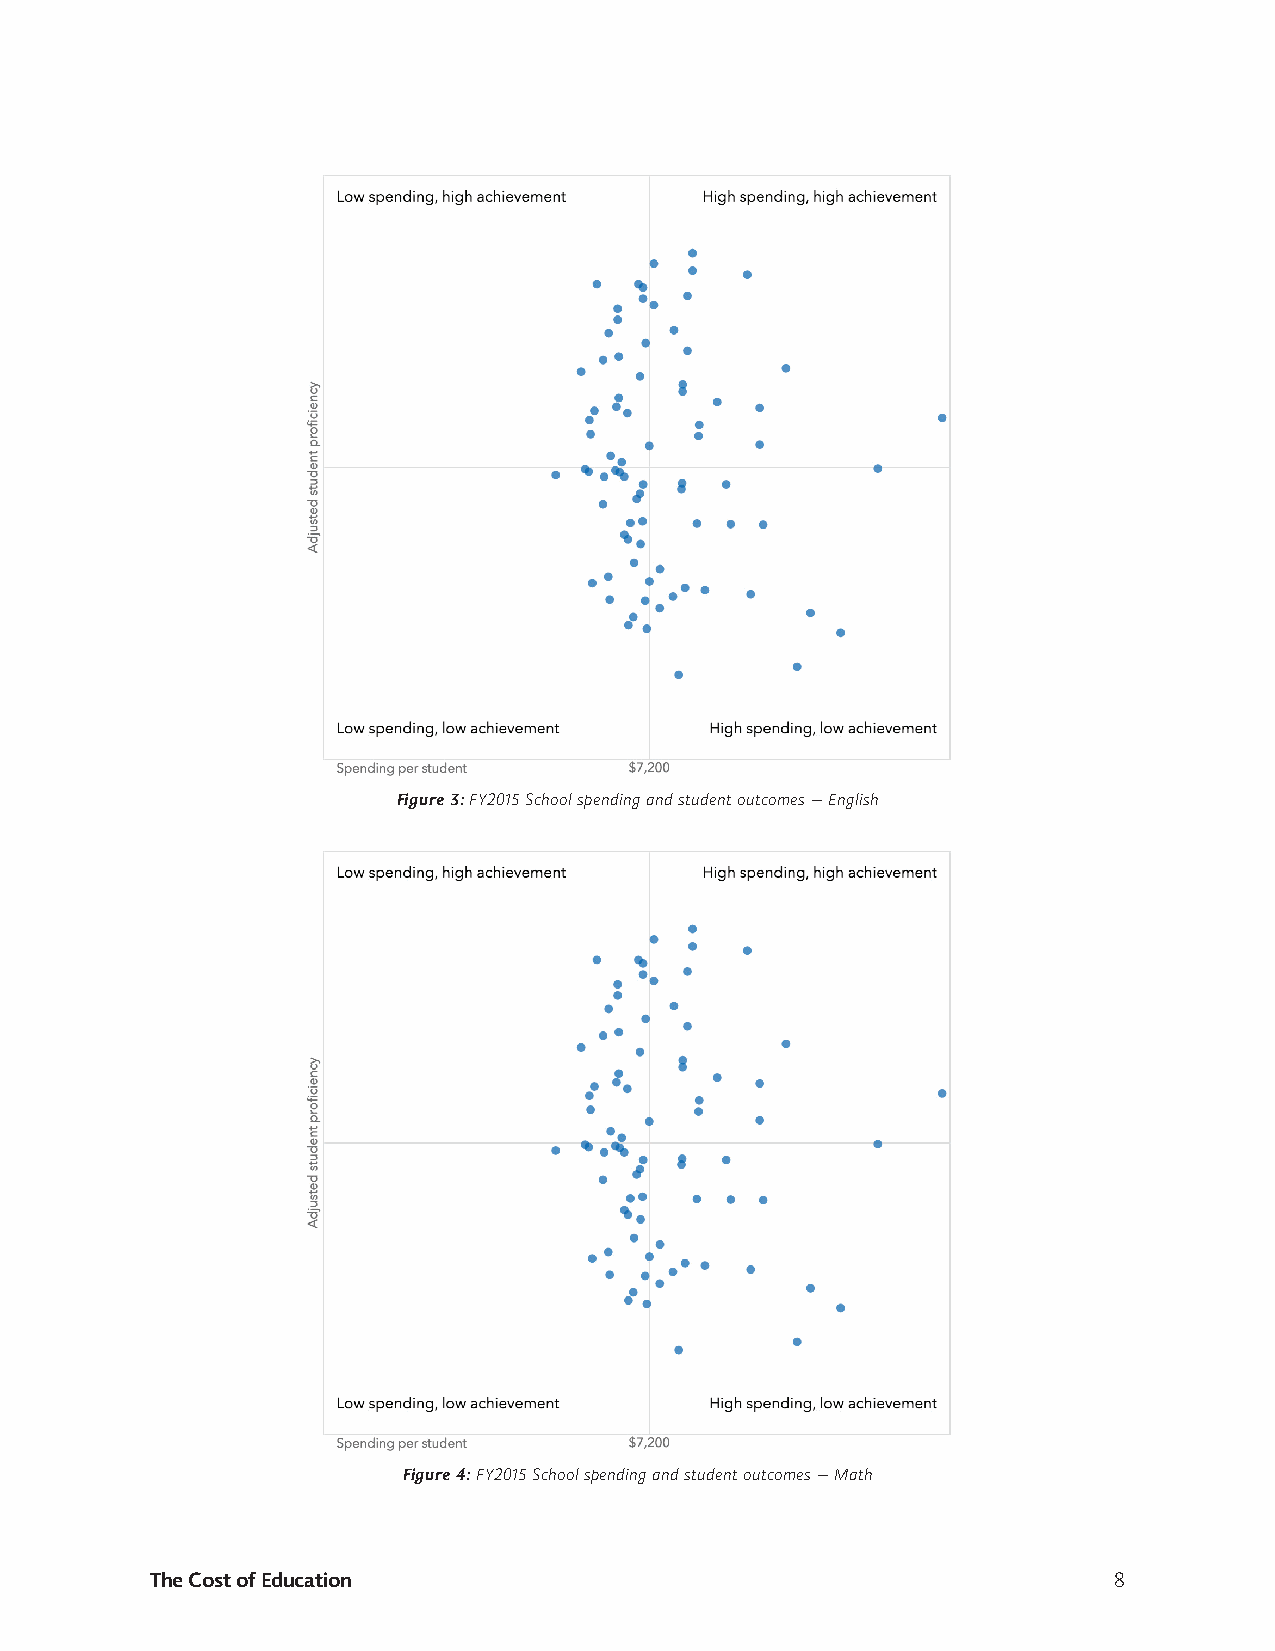
Figure 3: FY2015 School spending and student outcomes — English
 Figure 4: FY2015 School spending and student outcomes — Math
 The Cost of Education                                           8